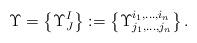
LaTeX: \begin{align*} \Upsilon = \left\{\Upsilon^I_J\right\} := \left\{\Upsilon^{i_1, \ldots, i_n}_{j_1, \ldots, j_n}\right\}.\end{align*}